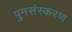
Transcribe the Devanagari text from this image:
पुनसंस्करण